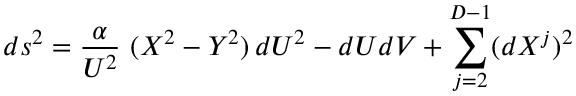
d s ^ { 2 } = \frac { \alpha } { U ^ { 2 } } ~ ( X ^ { 2 } - Y ^ { 2 } ) \, d U ^ { 2 } - d U d V + \sum _ { j = 2 } ^ { D - 1 } ( d X ^ { j } ) ^ { 2 }